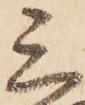
三